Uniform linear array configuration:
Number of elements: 48
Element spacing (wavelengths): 0.75
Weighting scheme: cosine
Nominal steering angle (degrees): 0
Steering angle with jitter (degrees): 0.8975
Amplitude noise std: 0.05
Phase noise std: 0.05

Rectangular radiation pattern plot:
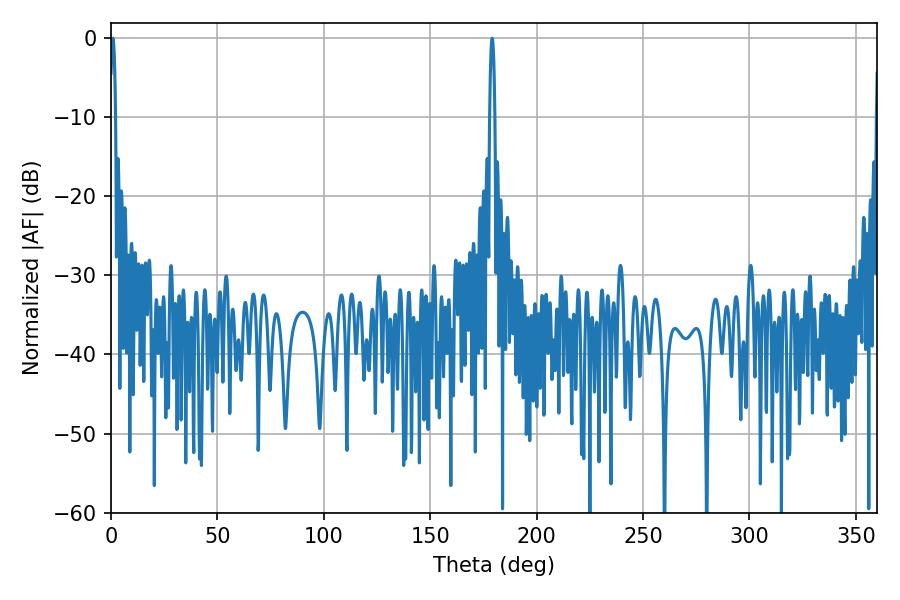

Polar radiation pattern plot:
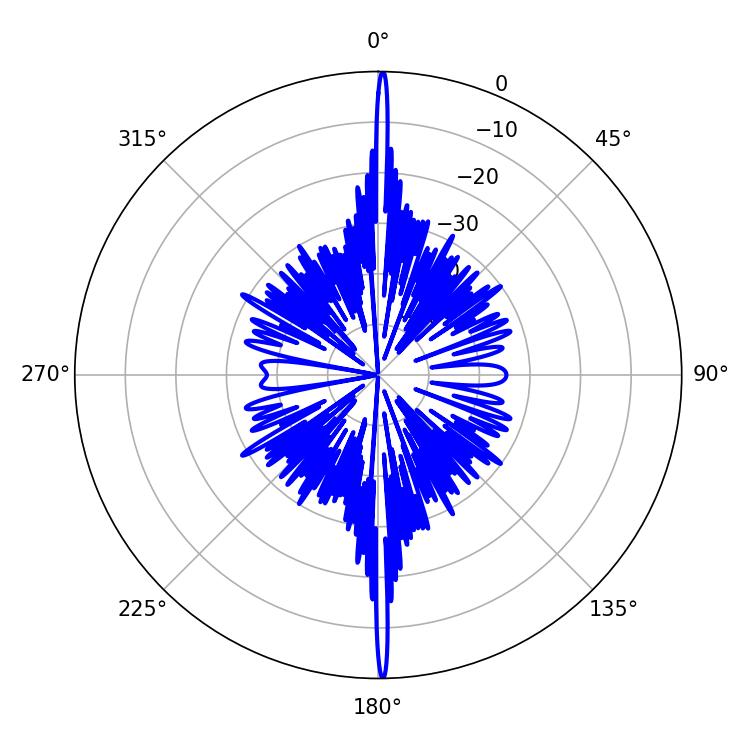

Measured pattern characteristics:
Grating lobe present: TRUE
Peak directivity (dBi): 33.507
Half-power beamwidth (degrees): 1.44
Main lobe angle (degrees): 0.9